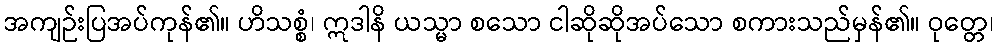
အကျဉ်းပြအပ်ကုန်၏။ ဟိသစ္စံ၊ ဣဒါနိ ယသ္မာ စသော ငါဆိုဆိုအပ်သော စကားသည်မှန်၏။ ဝုတ္တေ၊